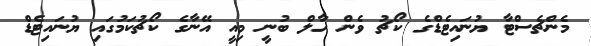
މެންޗެސްޓާ ޔުނައިޓެޑްގެ ކޯޗު ވެން ހާލް ބުނީ މިއީ އޭނާގެ ކޯޗުކަމުގައި ޔުނައިޓެޑް